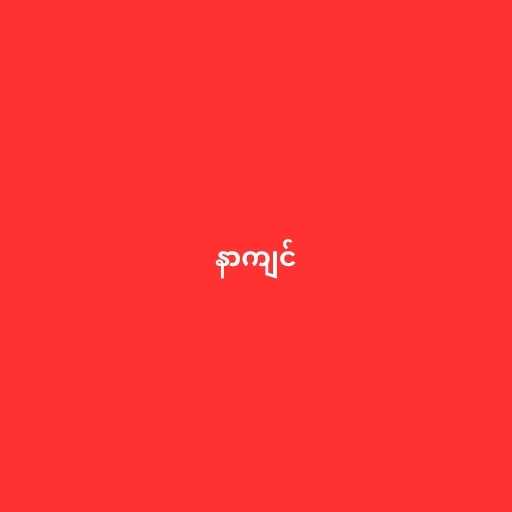
နာကျင်